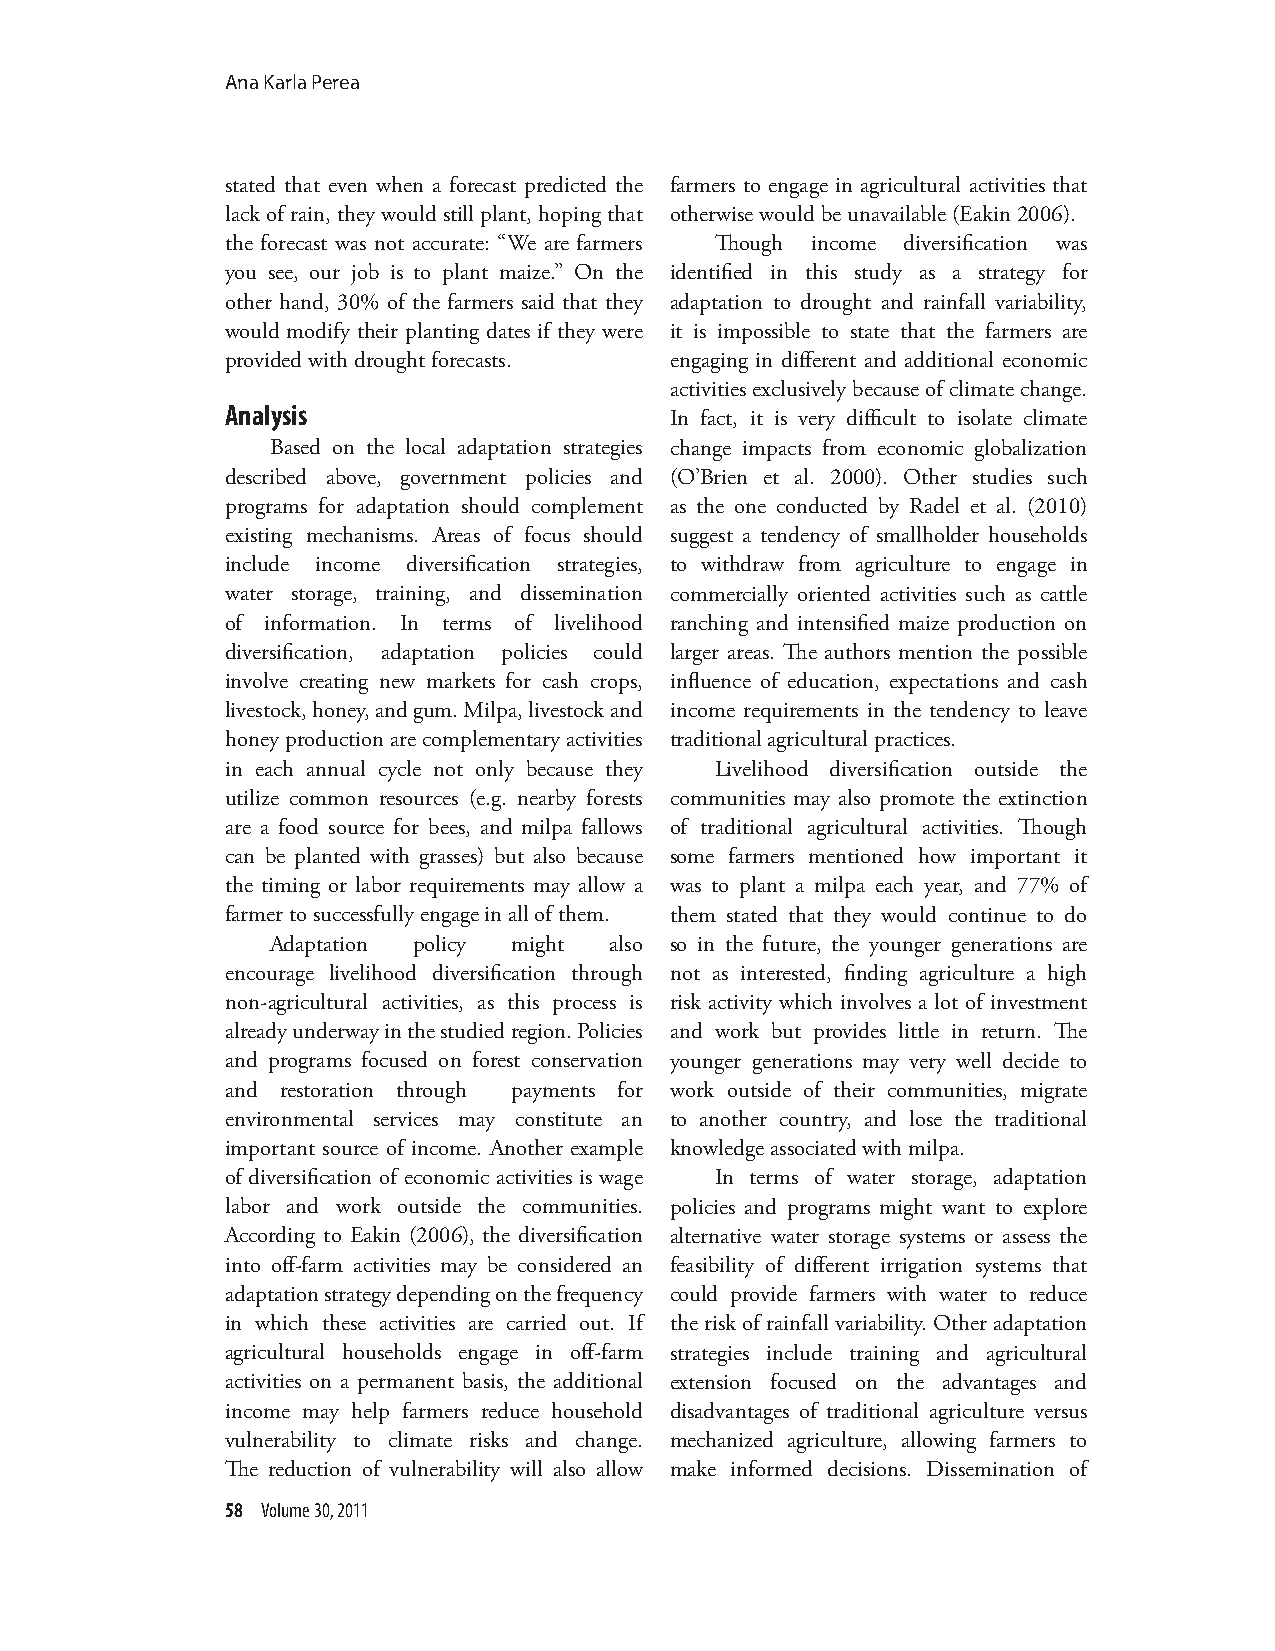
Ana Karla Perea
 stated that even when a forecast predicted the farmers to engage in agricultural activities that
 lack of rain, they would still plant, hoping that otherwise would be unavailable (Eakin 2006).
 the forecast was not accurate: “We are farmers Though income diversification was
 you see, our job is to plant maize.” On the identified in this study as a strategy for
 other hand, 30% of the farmers said that they adaptation to drought and rainfall variability,
 would modify their planting dates if they were it is impossible to state that the farmers are
 provided with drought forecasts. engaging in different and additional economic
 activities exclusively because of climate change.
 Analysis
 In fact, it is very difficult to isolate climate
 Based on the local adaptation strategies change impacts from economic globalization
 described above, government policies and (O’Brien et al. 2000). Other studies such
 programs for adaptation should complement as the one conducted by Radel et al. (2010)
 existing mechanisms. Areas of focus should suggest a tendency of smallholder households
 include income diversification strategies, to withdraw from agriculture to engage in
 water storage, training, and dissemination commercially oriented activities such as cattle
 of information. In terms of livelihood ranching and intensified maize production on
 diversification, adaptation policies could larger areas. The authors mention the possible
 involve creating new markets for cash crops, influence of education, expectations and cash
 livestock, honey, and gum. Milpa, livestock and income requirements in the tendency to leave
 honey production are complementary activities traditional agricultural practices.
 in each annual cycle not only because they Livelihood diversification outside the
 utilize common resources (e.g. nearby forests communities may also promote the extinction
 are a food source for bees, and milpa fallows of traditional agricultural activities. Though
 can be planted with grasses) but also because some farmers mentioned how important it
 the timing or labor requirements may allow a was to plant a milpa each year, and 77% of
 farmer to successfully engage in all of them. them stated that they would continue to do
 Adaptation policy might also so in the future, the younger generations are
 encourage livelihood diversification through not as interested, finding agriculture a high
 non-agricultural activities, as this process is risk activity which involves a lot of investment
 already underway in the studied region. Policies and work but provides little in return. The
 and programs focused on forest conservation younger generations may very well decide to
 and restoration through payments for work outside of their communities, migrate
 environmental services may constitute an to another country, and lose the traditional
 important source of income. Another example knowledge associated with milpa.
 of diversification of economic activities is wage In terms of water storage, adaptation
 labor and work outside the communities. policies and programs might want to explore
 According to Eakin (2006), the diversification alternative water storage systems or assess the
 into off-farm activities may be considered an feasibility of different irrigation systems that
 adaptation strategy depending on the frequency could provide farmers with water to reduce
 in which these activities are carried out. If the risk of rainfall variability. Other adaptation
 agricultural households engage in off-farm strategies include training and agricultural
 activities on a permanent basis, the additional extension focused on the advantages and
 income may help farmers reduce household disadvantages of traditional agriculture versus
 vulnerability to climate risks and change. mechanized agriculture, allowing farmers to
 The reduction of vulnerability will also allow make informed decisions. Dissemination of
 5588 VVoolluummee 3300,, 22001111